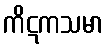
ကိဋကသမာ